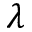
\lambda